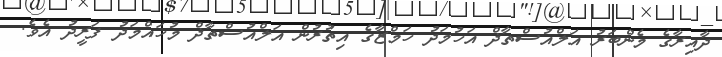
ދާއިރާގެ މެންބަރު އަލްއުސްތާޛް އަހުމަދު ހަމްޒާގެ އިތުރުން އަލްއުސްތާޛް މުހައްމަދު ފަރީދު އެވެ.